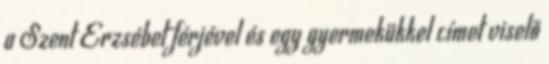
a Szent Erzsébet férjével és egy gyermekükkel címet viselő